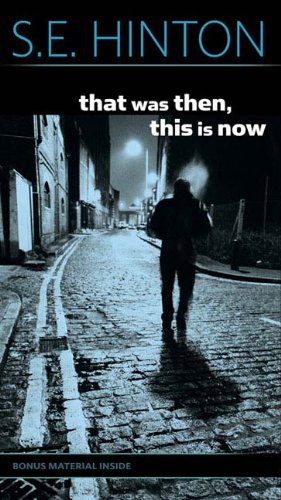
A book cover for That Was Then, This Is Now; S. E. Hinton; Teen & Young Adult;